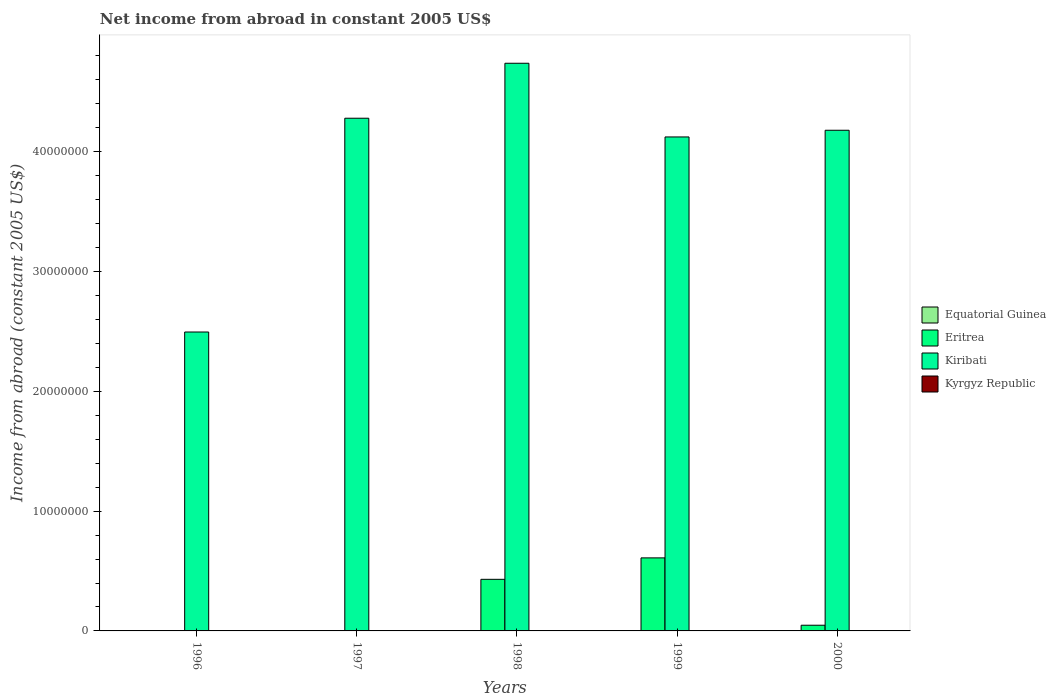
| Years | Equatorial Guinea | Eritrea | Kiribati | Kyrgyz Republic |
 | --- | --- | --- | --- | --- |
 | 1996 | -4.5e+07 | -7.7e+06 | 2.5e+07 | -3.94e+07 |
 | 1997 | -5.5e+07 | -3.18e+06 | 4.28e+07 | -6.46e+07 |
 | 1998 | -8.03e+07 | 4.31e+06 | 4.74e+07 | -7.92e+07 |
 | 1999 | -1.01e+08 | 6.1e+06 | 4.12e+07 | -7.4e+07 |
 | 2000 | -3.7e+08 | 4.76e+05 | 4.18e+07 | -8.2e+07 |